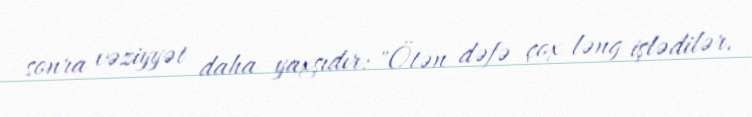
sonra vəziyyət daha yaxşıdır: "Ötən dəfə çox ləng işlədilər.